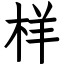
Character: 样